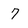
Character: 7